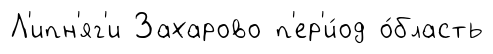
Л'ипн'яг'и Захарово п'ер'и́од о́бласть